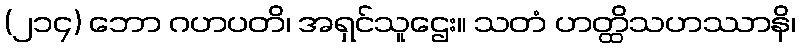
(၂၁၄) ဘော ဂဟပတိ၊ အရှင်သူဌေး။ သတံ ဟတ္ထိသဟဿာနိ၊